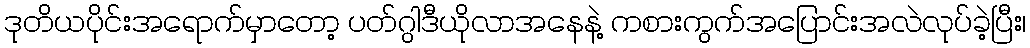
ဒုတိယပိုင်းအရောက်မှာတော့ ပတ်ဂွါဒီယိုလာအနေနဲ့ ကစားကွက်အပြောင်းအလဲလုပ်ခဲ့ပြီး၊